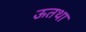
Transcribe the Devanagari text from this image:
ऊतथा